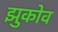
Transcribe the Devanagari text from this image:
झुकोव